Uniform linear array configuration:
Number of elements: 64
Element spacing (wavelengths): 0.75
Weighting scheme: exponential
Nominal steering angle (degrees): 15
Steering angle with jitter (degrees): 16.658
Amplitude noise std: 0.05
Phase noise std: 0.05

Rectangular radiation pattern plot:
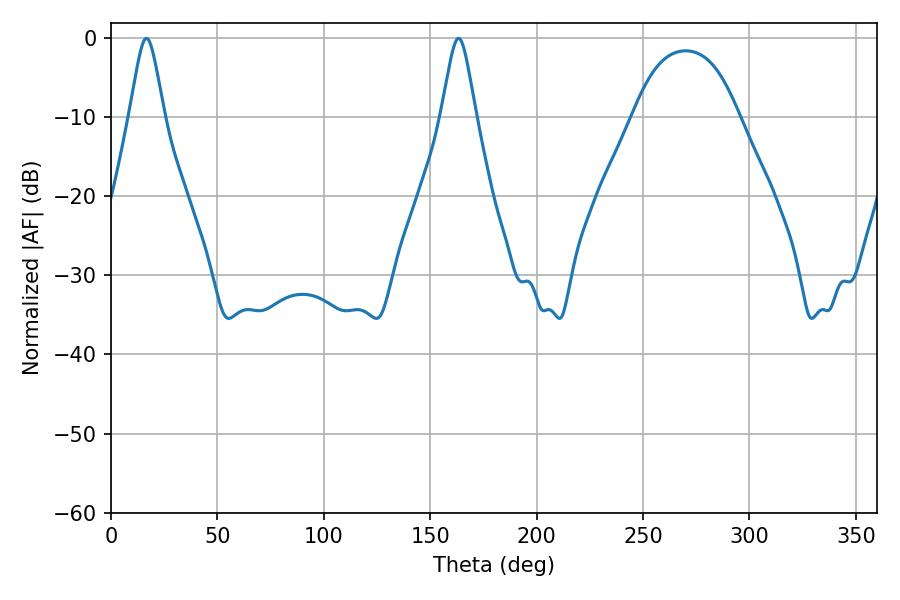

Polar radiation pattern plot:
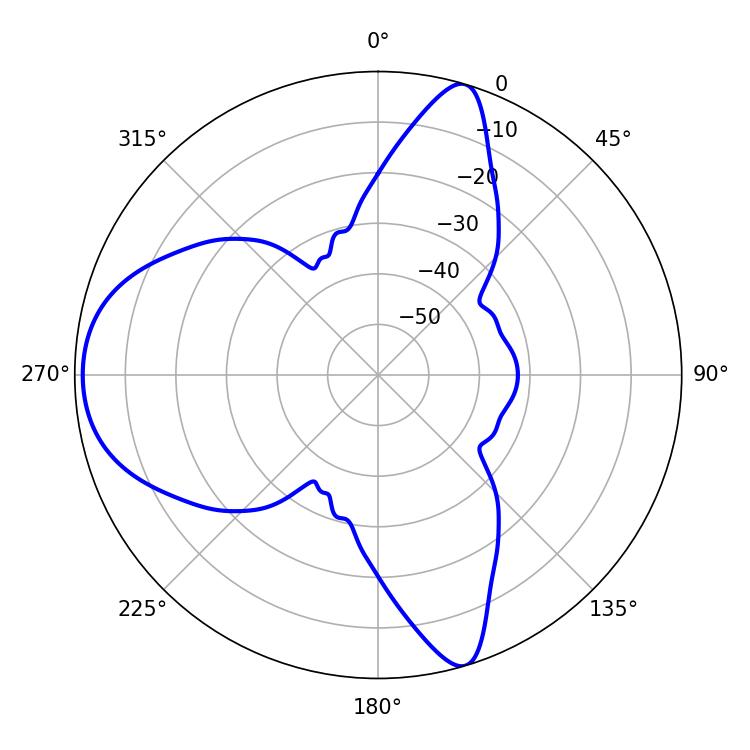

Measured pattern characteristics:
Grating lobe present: TRUE
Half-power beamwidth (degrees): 7.92
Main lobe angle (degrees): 16.74